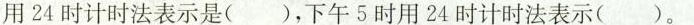
用24时计时法表示是()，下午5时用24时计时法表示()。